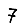
Digit: 7